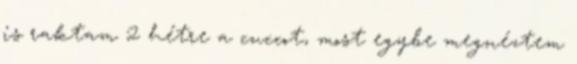
is raktam 2 hétre a cuccot, most egybe megnéztem